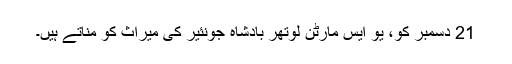
21 دسمبر کو، یو ایس مارٹن لوتھر بادشاہ جونئیر کی میراث کو مناتے ہیں۔